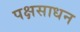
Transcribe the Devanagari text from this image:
पक्षसाधन